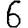
Digit: 6